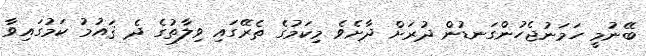
ބޭނުމީ ހަމަނުޖެހުންގަނޑުން ދުރަށް ދާށެވެ މިކަމުގެ ތެރޭގައި ވިލާތުގެ ދެ ޤައުމު ކަމުގައިވާ